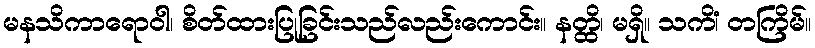
မနသိကာရောဝါ၊ စိတ်ထားပြုခြင်းသည်လည်းကောင်း။ နတ္ထိ၊ မရှိ။ သကိံ၊ တကြိမ်။